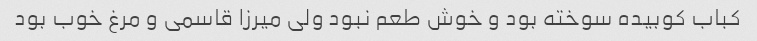
کباب کوبیده سوخته بود و خوش طعم نبود ولی میرزا قاسمی و مرغ خوب بود